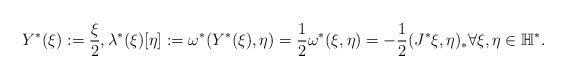
LaTeX: \begin{align*}Y^*(\xi) := \frac{\xi}{2}, \lambda^*(\xi)[\eta] := \omega^*(Y^*(\xi),\eta) = \frac{1}{2} \omega^*(\xi,\eta) = -\frac{1}{2} (J^* \xi,\eta)_* \forall \xi,\eta\in \mathbb{H}^*.\end{align*}